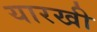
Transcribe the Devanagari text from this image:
यारखी